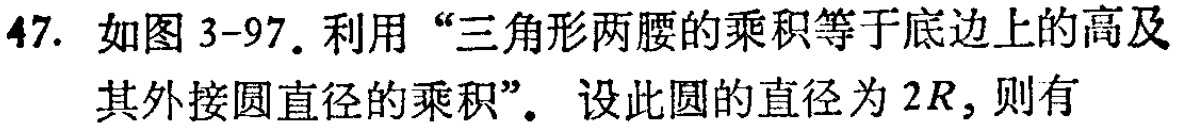
47. 如图3-97. 利用 “三角形两腰的乘积等于底边上的高及其外接圆直径的乘积”. 设此圆的直径为 \(2R\), 则有